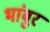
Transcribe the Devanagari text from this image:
भांबुर